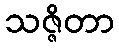
သဇ္ဇိတာ